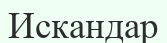
Искандар